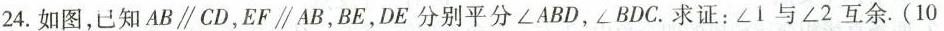
24.如图，已知AB//CD，EF/AB，BE，DE分别平分∠ABD，∠BDC。求证：∠1与∠2互余。(10